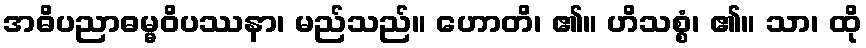
အဓိပညာဓမ္မဝိပဿနာ၊ မည်သည်။ ဟောတိ၊ ၏။ ဟိသစ္စံ၊ ၏။ သာ၊ ထို